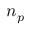
n _ { p }